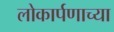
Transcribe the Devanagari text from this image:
लोकार्पणाच्या